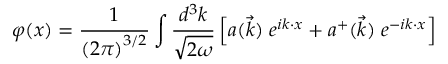
\varphi ( x ) = \frac { 1 } { \left( 2 \pi \right) ^ { 3 / 2 } } \int \frac { d ^ { 3 } k } { \sqrt { 2 \omega } } \left[ a ( \vec { k } ) \; e ^ { i k \cdot x } + a ^ { + } ( \vec { k } ) \; e ^ { - i k \cdot x } \right]